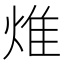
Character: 焳